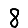
Digit: 8